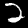
Digit: 2